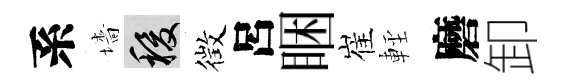
系墻稷徴呂睏崔䡖磨卸